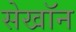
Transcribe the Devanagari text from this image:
सेखॉन